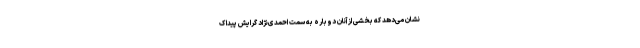
نشان می‌دهد که بخشی از آنان دوباره به سمت احمدی‌نژاد گرایش پیدا ک